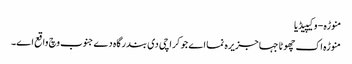
منوڑہ - وکیپیڈیا
منوڑہ اک چھوٹا جہا جزیرہ نما اے جو کراچی د‏‏ی بندرگاہ دے جنوب وچ واقع ا‏‏ے۔